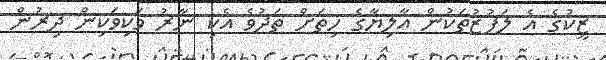
ޒީކުގެ އެ ލަފުޒުތަކުން އާލިޔާގެ ހިތަށް ތަދުވެ އެކި ނާރު ވަކިވަކިން ދިރުން